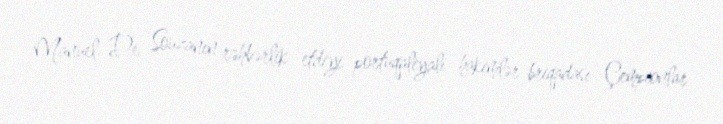
Manuel De Souzanın rəhbərlik etdiyi portuqaliyalı hakimlər briqadası Çempionlar